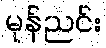
မုန်ညင်း